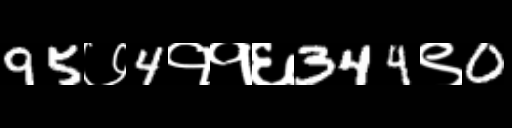
Text: 95७4११६344९0